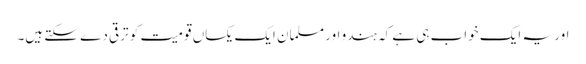
اور یہ ایک خواب ہی ہے کہ ہندو اور مسلمان ایک یکساں قومیت کو ترقی دے سکتے ہیں۔